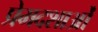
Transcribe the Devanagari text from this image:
प्रेमदशाओं